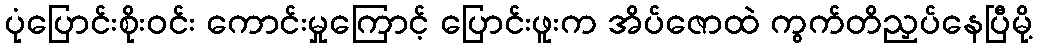
ပုံပြောင်းစိုးဝင်း ကောင်းမှုကြောင့် ပြောင်းဖူးက အိပ်ဇောထဲ ကွက်တိညှပ်နေပြီမို့